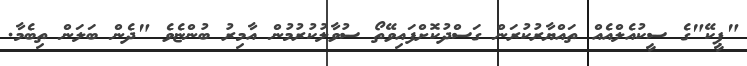
"ޕީކޭ"ގެ ސީކުއެލްއެއް ތައްޔާރުކުރަން ގަސްދުކޮށްފައިވޭތޯ ސުވާލުކުރުމުން އާމިރު ބުންޏެވެ "ދެން ބަލަން ތިބެމާ.